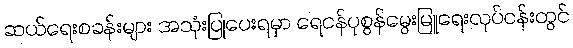
ဆယ်ရေးစခန်းများ အသုံးပြုပေးရမှာ ရေငန်ပုစွန်မွေးမြူရေးလုပ်ငန်းတွင်